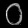
Digit: ၀